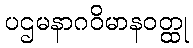
ပဌမနာဂဝိမာနဝတ္ထု